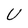
Character: U